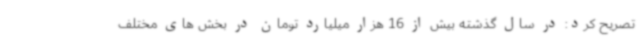
تصریح کرد: در سال گذشته بیش از 16 هزار میلیارد تومان در بخش های مختلف